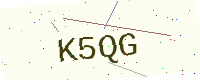
Text: K5QG